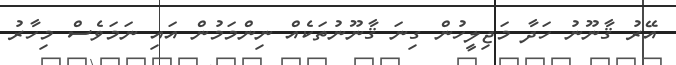
އޭރު ޤާނޫނު ހަދާ މަޖިލީހުން ގިނަ ޤާނޫނުތަކެއް ނިންމަމުން އައި ނަމަވެސް މިހާރު